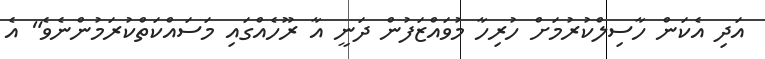
އަދި އެކަން ހާސިލްކުރުމަށް ހުރިހާ މުވައްޒަފުން ދަނީ އާ ރޫހެއްގައި މަސައްކަތްކުރަމުންނެވެ" އެ